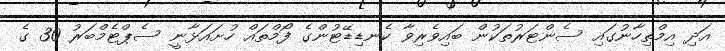
އަދި އިމްތިހާނުގައި ސެންޓަރުތަކުން ބައިވެރިވާ ކެނޑިޑޭޓުންގެ ފޯމްތައް ހުށައަޅާނީ ސެޕްޓެމްބަރު 30 ގެ